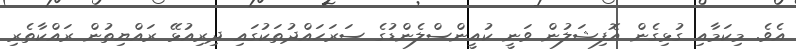
އެވެ. މިކަމާއި ގުޅިގެން އޮފިޝަލުން ވަނީ ކުއީންސްލެންޑުގެ ސަރަހައްދުތަކުގައި ދިރިއުޅޭ ރައްޔިތުން ރައްކާތެރި